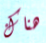
هناك